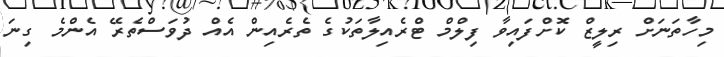
މިހާތަނަށް ރިލީޒް ކޮށްފައިވާ ފިލްމް ޓްރެއިލާތަކުގެ ތެރެއިން އެއް ދުވަސްތެރޭ އެންމެ ގިނަ